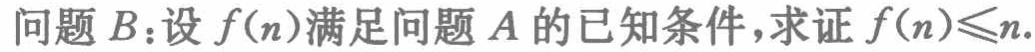
问题B：设\(f(n)\)满足问题A的已知条件，求证\(f(n)\leq n\)。